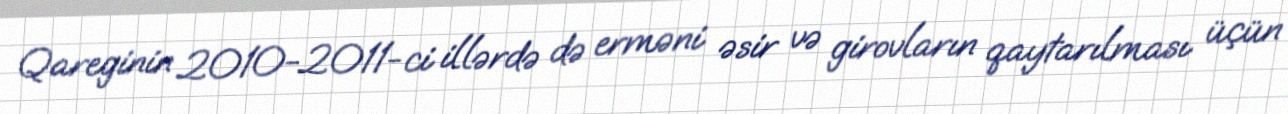
Qareginin 2010-2011-ci illərdə də erməni əsir və girovların qaytarılması üçün